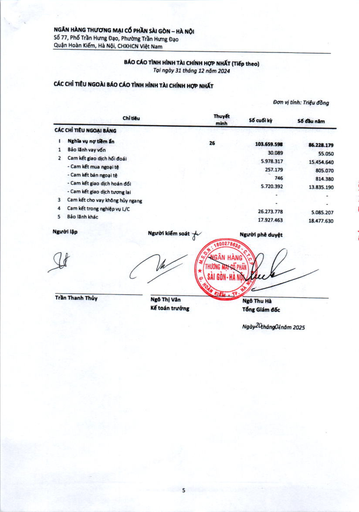
||Chỉ tiêu|Thuyết minh|Số cuối kỳ|Số đầu năm| |---|---|---|---|---| |CÁC|CHỈ TIÊU NGOÀI BẢNG|||| |I|Nghĩa vụ nợ tiềm ẩn|26|103.659.598|86.228.179| |1|Bảo lãnh vay vốn||30.089|55.050| |2|Cam kết giao dịch hối đoái||5.978.317|15.454.640| ||- Cam kết mua ngoại tệ||257.179|805.070| ||- Cam kết bán ngoại tệ||746|814.380| ||- Cam kết giao dịch hoán đổi||5.720.392|13.835.190| ||- Cam kết giao dịch tương lai||-|-| |3|Cam kết cho vay không hủy ngang||-|-| |4|Cam kết trong nghiệp vụ L/C||26.273.778|5.085.207| |5|Bảo lãnh khác||17.927.463|18.477.630|